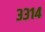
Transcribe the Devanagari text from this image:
३३१४